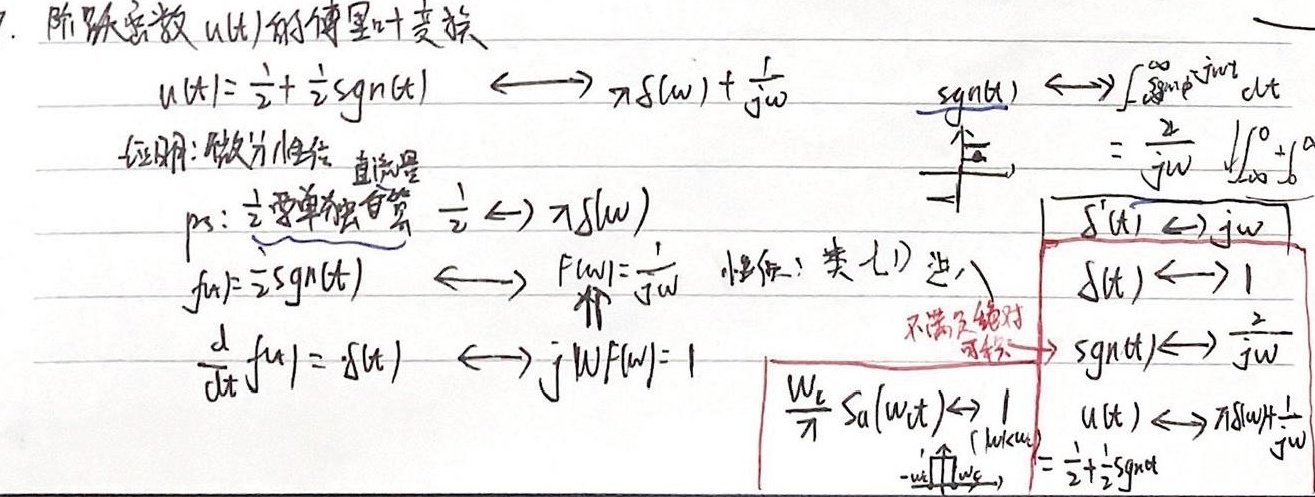
7. 阶跃函数 \(u(t)\)的傅里叶变换
\[
u(t)=\frac{1}{2}+\frac{1}{2}\text{sgn}(t)\longleftrightarrow\pi\delta(\omega)+\frac{1}{j\omega}\quad \text{sgn}(t)\longleftrightarrow\int_{-\infty}^{\infty}\text{sgn}(t)e^{-j\omega t}dt
\]
证明：做微分线性 直流量
ps: \(\frac{1}{2}\)要单独验算 \(\frac{1}{2}\longleftrightarrow\pi\delta(\omega)\)
\[
f(t)=\frac{1}{2}\text{sgn}(t)\longleftrightarrow F(\omega)=\frac{1}{j\omega} \text{ 性质：类七) 逆入}
\]
\[
\frac{d}{dt}f(t)= \delta(t)\longleftrightarrow j\omega F(\omega)=1
\]
不满足绝对
可积
\[
\begin{align*}
\delta'(t)&\longleftrightarrow j\omega\\
\delta(t)&\longleftrightarrow 1\\
\text{sgn}(t)&\longleftrightarrow\frac{2}{j\omega}\\
u(t)&\longleftrightarrow\pi\delta(\omega)+\frac{1}{j\omega}\\
&=\frac{1}{2}+\frac{1}{2}\text{sgn}(t)
\end{align*}
\]
\[
\frac{W_{c}}{\pi}\text{Sa}(W_{c}t)\longleftrightarrow 1\quad (\text{low - pass},-\frac{W_{c}}{2}<\omega<\frac{W_{c}}{2})
\]